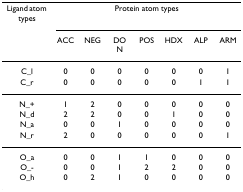
<table><thead><tr><td><b>Ligand atom types</b></td><td colspan="7"><b>Protein atom types</b></td></tr><tr><td></td><td><b>ACC</b></td><td><b>NEG</b></td><td><b>DON</b></td><td><b>POS</b></td><td><b>HDX</b></td><td><b>ALP</b></td><td><b>ARM</b></td></tr></thead><tbody><tr><td>C_l</td><td>0</td><td>0</td><td>0</td><td>0</td><td>0</td><td>0</td><td>1</td></tr><tr><td>C_r</td><td>0</td><td>0</td><td>0</td><td>0</td><td>0</td><td>1</td><td>1</td></tr><tr><td>N_+</td><td>1</td><td>2</td><td>0</td><td>0</td><td>0</td><td>0</td><td>0</td></tr><tr><td>N_d</td><td>2</td><td>2</td><td>0</td><td>0</td><td>1</td><td>0</td><td>0</td></tr><tr><td>N_a</td><td>0</td><td>0</td><td>1</td><td>0</td><td>0</td><td>0</td><td>0</td></tr><tr><td>N_r</td><td>2</td><td>0</td><td>0</td><td>0</td><td>0</td><td>0</td><td>1</td></tr><tr><td>O_a</td><td>0</td><td>0</td><td>1</td><td>1</td><td>0</td><td>0</td><td>0</td></tr><tr><td>O_-</td><td>0</td><td>0</td><td>1</td><td>2</td><td>2</td><td>0</td><td>0</td></tr><tr><td>O_h</td><td>0</td><td>2</td><td>1</td><td>0</td><td>0</td><td>0</td><td>0</td></tr></tbody></table>